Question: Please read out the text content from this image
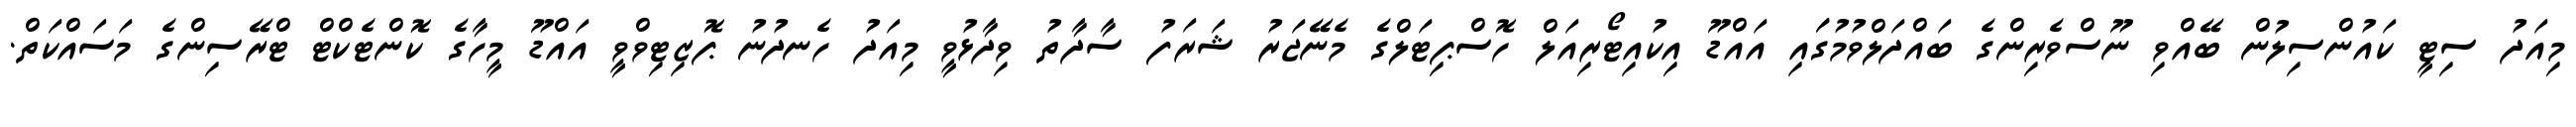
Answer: މިއަދު ސިޓީ ކައުންސިލުން ބޭއްވި ނޫސްވެރިންގެ ބައްދަލްވުމުގަައި އައްޑޫ އިކުއިޓޯރިއަލް ހޮސްޕިޓަލްގެ މެނޭޖަރު ޝަރަފު ސާދާތު ވިދާޅުވީ މިއަދު ހެނދުނު ޕޮޒިޓިވްވީ އައްޑޫ މީހާގެ ކޮންޓެކްޓް ޓްރޭސިންގެ މަސައްކަތް.